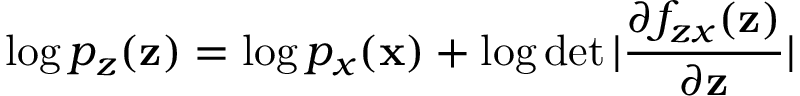
\log p _ { z } ( \mathbf { z } ) = \log p _ { x } ( \mathbf { x } ) + \log \operatorname* { d e t } | \frac { \partial f _ { z x } ( \mathbf { z } ) } { \partial \mathbf { z } } |